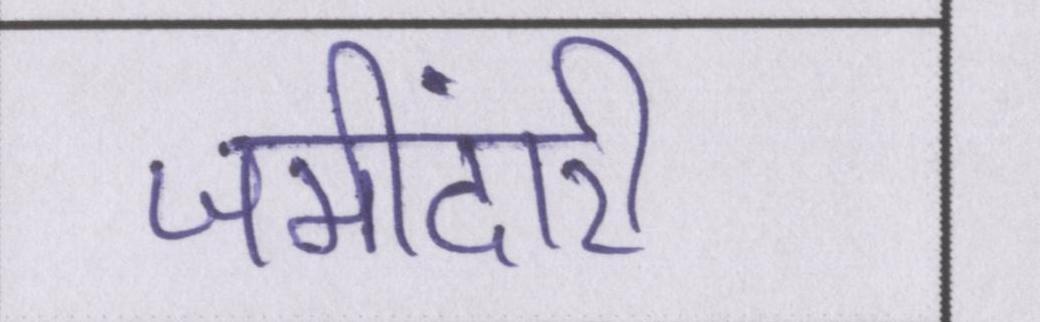
जमींदारी